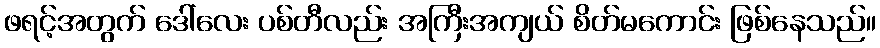
ဖရင့်အတွက် ဒေါ်လေး ပစ်တီလည်း အကြီးအကျယ် စိတ်မကောင်း ဖြစ်နေသည်။